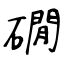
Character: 礀